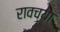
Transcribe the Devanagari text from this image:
रावच्या